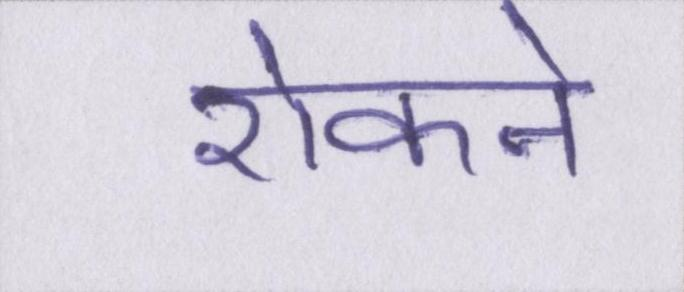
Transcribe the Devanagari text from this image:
रोकने